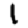
Digit: 1